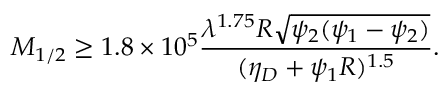
M _ { 1 / 2 } \geq 1 . 8 \times 1 0 ^ { 5 } \frac { \lambda ^ { 1 . 7 5 } R \sqrt { \psi _ { 2 } ( \psi _ { 1 } - \psi _ { 2 } ) } } { ( \eta _ { D } + \psi _ { 1 } R ) ^ { 1 . 5 } } .